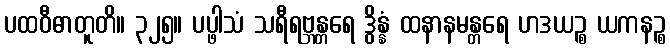
ပထဝီဓာတူတိ။ ၃၂၅။ ပပ္ဖါသံ သရီရဗ္ဘန္တရေ ဒွိန္နံ ထနာနမန္တရေ ဟဒယဉ္စ ယကနဉ္စ